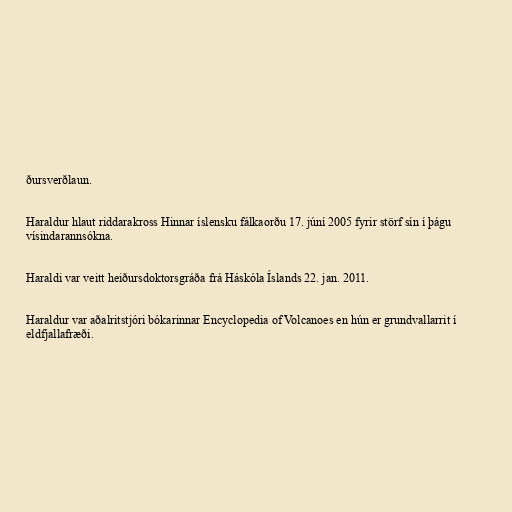
ðursverðlaun.

Haraldur hlaut riddarakross Hinnar íslensku fálkaorðu 17. júní 2005 fyrir störf sín í þágu
vísindarannsókna.

Haraldi var veitt heiðursdoktorsgráða frá Háskóla Íslands 22. jan. 2011.

Haraldur var aðalritstjóri bókarinnar Encyclopedia of Volcanoes en hún er grundvallarrit í
eldfjallafræði.